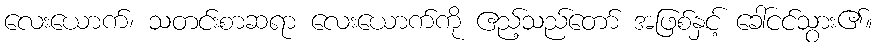
လေးယောက်၊ သတင်းစာဆရာ လေးယောက်ကို ဧည့်သည်တော် အဖြစ်နှင့် ခေါ်ငင်သွား၏။